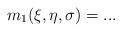
LaTeX: \begin{align*} m_1(\xi,\eta,\sigma) = ... \end{align*}